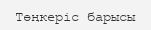
Төңкеріс барысы